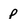
Character: p